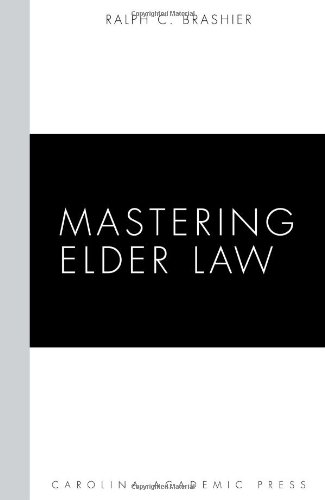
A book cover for Mastering Elder Law; Ralph Brashier; Law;